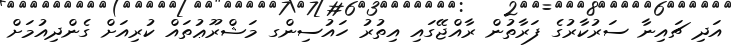
އަދި ޗައިނާ ސަރުކާރުގެ ފަރާތުން ރާއްޖޭގައި އިތުރު ހައުސިންގ މަޝްރޫޢުތައް ކުރިއަށް ގެންދިއުމަށް